Calcutta medical institutions reports 1871-78
Year: 1871
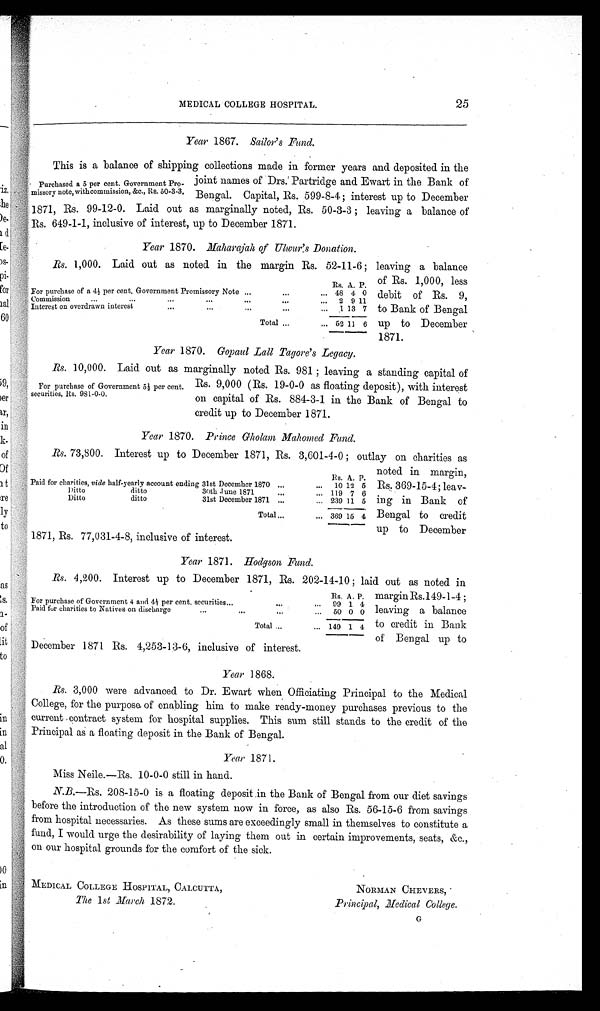
MEDICAL COLLEGE HOSPITAL.
25
Year 1867. Sailor's Fund.
This is a balance of shipping collections made in former years and deposited in the
joint names of Drs. Partridge and Ewart in the Bank of
Bengal. Capital, Rs. 599-8-4; interest up to December
1871, Rs. 99-12-0. Laid out as marginally noted, Rs. 50-3-3; leaving a balance of
R s. 649-1-1, inclusive of interest, up to December 1871.
Year 1870. Maharajah of Uhour's Donation.
Rs. 1,000. Laid out as noted in the margin Rs. 52-11-6; leaving a balance
of Rs. 1,000, less
debit of Rs. 9,
to Bank of Bengal
up to December
1871.
Year 1870. Gopaul Lall Tagore's Legacy.
Rs. 10,000. Laid out as marginally noted Rs. 981; leaving a standing capital of
Rs. 9,000 (Rs. 19-0-0 as floating deposit), with interest
on capital of' Rs. 884-3-1 in the Bank of Bengal to
credit up to December 1871.
Year 1870. Prince Gholam Mahomed Fund.
Rs. A. P.
Paid for charities, vide half-yearly account ending 31st December 1870 ...
... 10 12 5
Ditto
ditto
30th June 1871
...
... 119 7 6
Ditto
ditto
31st December 1871 ...
... 239 11 5
Total ...
... 369 15 4
Year 1871. Hodgson Fund.
Rs. A. P.
For purchase of Government 4 and 4½ p e r c e n t . s e c u r i t i e s
...
... 99 1 4
Paid for charities to Natives on discharge
...
... 50 0 0
Total ...
... 149 1 4
Year 1868.
Rs. 3,000 were advanced to Dr. Ewart when Officiating Principal to the Medical
College, for the purpose of enabling him to make ready-money purchases previous to the
current contract system for hospital supplies. This sum still stands to the credit of the
Principal as a floating deposit in the Bank of Bengal.
Year 1871 .
Miss Neile.—Rs. 10-0-0 still in hand.
N.B.—Rs. 208-15-0 is a floating deposit in the Bank of Bengal from our diet savings
before the introduction of the new system now in force, as also Rs. 56-15-6 from savings
from hospital necessaries. As these sums are exceedingly small in themselves to constitute a
fund, I would urge the desirability of laying them out in certain improvements, seats, &c.,
on our hospital grounds for the comfort of the sick.
MEDICAL COLLEGE HOSPITAL, CALCUTTA,
NORMAN CHEVERS,
The 1st March 1872.
Principal, Medical College.
Purchased a 5 per cent. Government Pro
-missory note,withcommission, &c., Rs. 50-3-3.
Rs. A. P.
For purchase of a 4½ per cent. Government Promissory Note
...
... 48 4 0
Commission
...
... 2 9 11
Interest on overdrawn interest
...
... 1 13 7
Total ...
... 52 11 6
F or purchase of Government 5½ per cent.
securities, Rs. 981-0-0.
Rs. 73,800. Interest up to December 1871, Rs. 3,601-4-0; outlay on charities as
noted in margin,
Rs. 369-15-4; leav
-ing
in
Bank
of
Bengal to credit
up to December
1871, Rs. 77,031-4-8, inclusive of interest.
Rs. 4,200. Interest up to December 1871, Rs. 202-14-10; laid out as noted in
margin Rs.149-1-4;
leaving a balance
to credit in Bank
of Bengal up
to December 1871 Rs. 4,253-13-6, inclusive of interest.